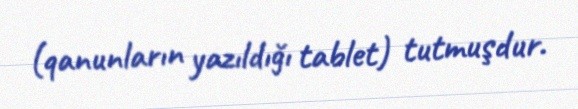
(qanunların yazıldığı tablet) tutmuşdur.